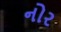
નોર